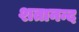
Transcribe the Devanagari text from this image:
शतानन्द